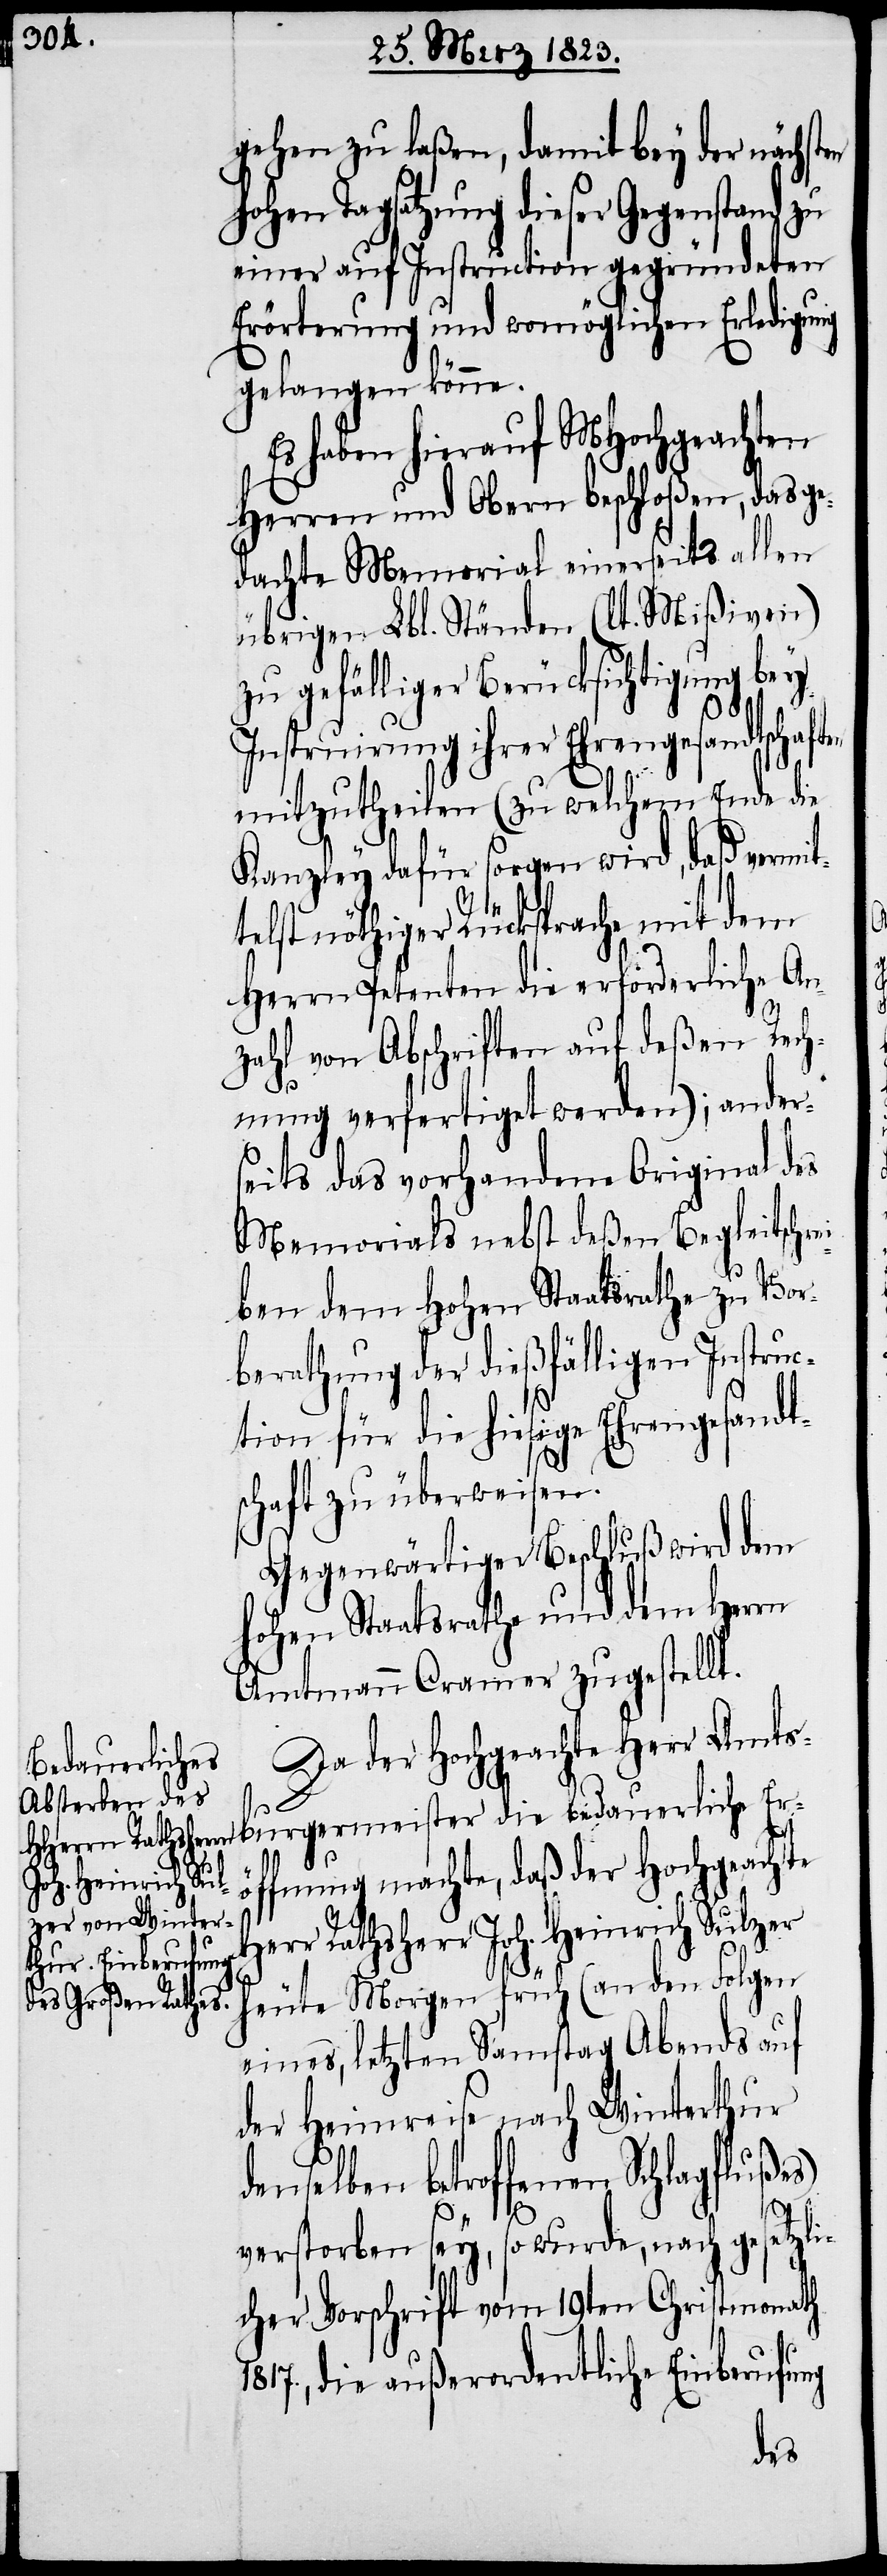
gehen zu laßen, damit bey der nächsten
hohen Tagsatzung dieser Gegenstand zu
einer auf Instruction gegründeten
Erörterung und womöglichen Erledigung
gelangen könne.
haben hierauf MHochgeachten
Herren und Obern beschloßen, das ge¬
dachte Memorial einerseits allen
übrigen Lbl. Ständen (lt. Mißiven)
zu gefälliger Berücksichtigung bey
Instruirung ihrer Ehrengesandtschaft¬
mitzutheilen (zu welchem Ende die
Kanzley dafür sorgen wird, daß vermit¬
telst nöthiger Rücksprache mit dem
Herrn Petenten die erforderliche An¬
zahl von Abschriften auf deßen Rech¬
nung verfertiget werden); ander¬
seits das vorhandene Original des
Memorials nebst deßen Begleitschr¬
ben dem Hohen Staatsrathe zu Vor¬
berathung der dießfälligen Instruc¬
tion für die hiesige Ehrengesandt¬
schaft zu überweisen.
Gegenwärtiger Beschluß wird dem
hohen Staatsrathe und dem Herrn
Amtmann Cramer zugestellt.
Da der Hochgeachte Herr Amts¬
bedauerliche
d¬
ffnung machte, daß der Hochgeachte
Herr Rathsherr Joh. Heinrich Sulzer
heute Morgen früh (an den Folgen
eines, letzten Samstag Abends auf
der Heimreise nach Winterthur
enselben betroffenen Schlagflußes)
Es
verstorben sey, so wurde, nach gesetzli¬
cher Vorschrift vom 19ten Christmonath
1817., die außerordentliche Einberufung